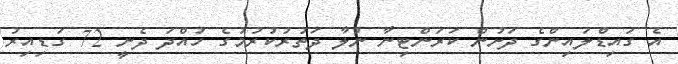
އެ ގައިޑްލައިންގެ ދަށުން ކަރަންޓިނާ ނުލާ ދަތުރުކުރުމުގެ ހުއްދަ ދެނީ 72 ގަޑިއިރު